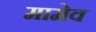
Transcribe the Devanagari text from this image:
मामेव